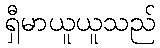
ရှီမာယူယူသည်